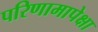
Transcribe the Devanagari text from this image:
परिणामापेक्षा